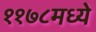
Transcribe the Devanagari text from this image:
११७८मध्ये